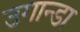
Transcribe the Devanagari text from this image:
उगान्डा